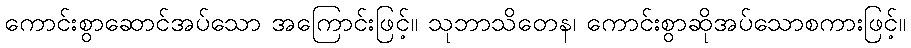
ကောင်းစွာဆောင်အပ်သော အကြောင်းဖြင့်။ သုဘာသိတေန၊ ကောင်းစွာဆိုအပ်သောစကားဖြင့်။